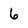
Character: 6